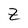
Character: Z